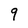
Character: 9